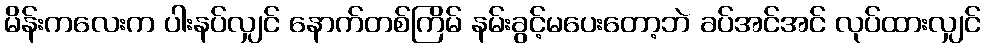
မိန်းကလေးက ပါးနပ်လျှင် နောက်တစ်ကြိမ် နမ်းခွင့်မပေးတော့ဘဲ ခပ်အင်အင် လုပ်ထားလျှင်